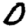
Digit: 0